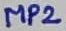
Text: MP2